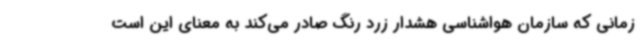
زمانی که سازمان هواشناسی هشدار زرد رنگ صادر می‌کند به معنای این است